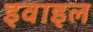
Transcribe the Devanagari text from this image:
इवाइल